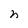
Character: n